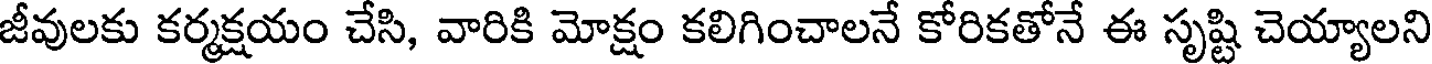
జీవులకు కర్మక్షయం చేసి, వారికి మోక్షం కలిగించాలనే కోరికతోనే ఈ సృష్టి చెయ్యాలని